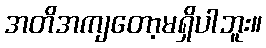
အတိအကျတော့မရှိပါဘူး။